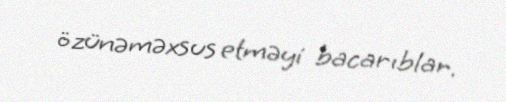
özünəməxsus etməyi bacarıblar.